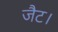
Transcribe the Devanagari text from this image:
जैट।